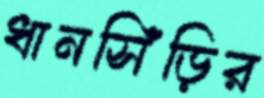
ধানসিঁড়ির